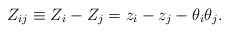
LaTeX: \begin{align*}Z_{ij}\equiv Z_{i}-Z_{j}=z_{i}-z_{j}-\theta_{i}\theta_{j}.\end{align*}